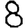
Digit: 8